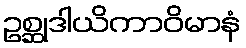
ဥစ္ဆုဒါယိကာဝိမာနံ